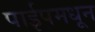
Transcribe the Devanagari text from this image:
पाईपमधून